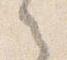
之